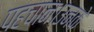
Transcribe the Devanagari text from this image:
पहचान।उनके